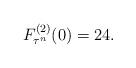
LaTeX: \begin{align*}F_{\tau^n}^{(2)}(0)=24.\end{align*}